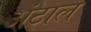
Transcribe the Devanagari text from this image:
अंटाल